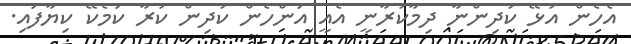
އެހެން އުޅޭ ކުދިންނާ ދިމާކުރާނީ އެއީ އަންހެން ކުދިން ކުރާ ކަމެކޭ ކިޔާފައި.